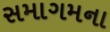
સમાગમના